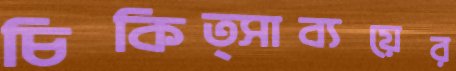
চিকিত্সাব্যয়ের